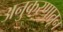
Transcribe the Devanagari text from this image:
अनुकरणातून